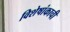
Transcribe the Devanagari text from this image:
विशेषांकाची